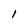
Character: l